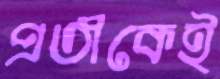
প্রতীকেই